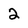
Character: 2